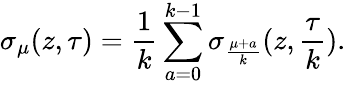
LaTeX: \sigma_{\mu}(z,\tau)=\frac{1}{k}\sum_{a=0}^{k-1}\sigma_{\frac{\mu+a}{k}}(z,\frac{\tau}{k}).